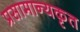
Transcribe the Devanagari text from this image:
प्रसामान्यकृत